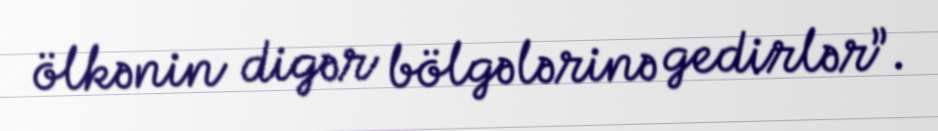
ölkənin digər bölgələrinə gedirlər”.